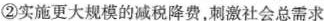
②实施更大规模的减税降费，刺激社会总需求